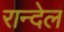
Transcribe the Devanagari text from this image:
रान्देल